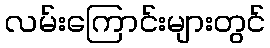
လမ်းကြောင်းများတွင်